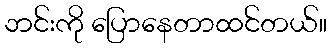
ဘင်းကို ပြောနေတာထင်တယ်။